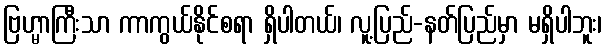
ဗြဟ္မာကြီးသာ ကာကွယ်နိုင်စရာ ရှိပါတယ်၊ လူ့ပြည်-နတ်ပြည်မှာ မရှိပါဘူး၊